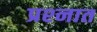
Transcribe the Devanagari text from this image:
प्रश्‍नात